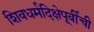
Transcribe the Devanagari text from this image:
शिवधर्मदिक्षेपूर्वीची